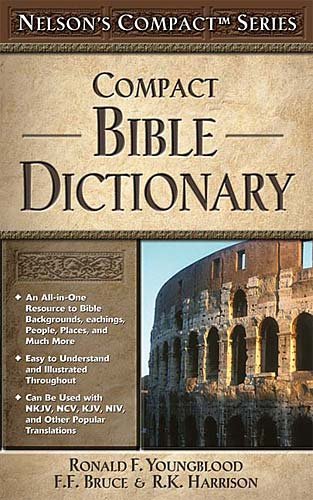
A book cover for Nelson's Compact Series: Compact Bible Dictionary; Christian Books & Bibles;